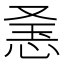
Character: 𢚥